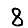
Digit: 8